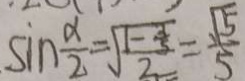
\sin \frac { \alpha } { 2 } = \frac { \sqrt { 1 - \frac { 3 } { 5 } } } { 2 } = \frac { \sqrt { 5 } } { 5 }